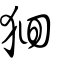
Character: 𤞑